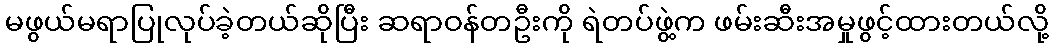
မဖွယ်မရာပြုလုပ်ခဲ့တယ်ဆိုပြီး ဆရာဝန်တဦးကို ရဲတပ်ဖွဲ့က ဖမ်းဆီးအမှုဖွင့်ထားတယ်လို့